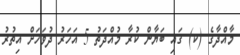
މާއްދާގެ (ކ) ގައި ބަޔާން ކުރާ މުއްދަތު 5 އަހަރު ދުވަހަށް އިތުރު